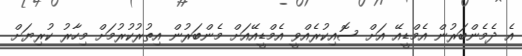
އެ ދެމެންބަރުން އެމްޑީއޭ އަށް ސޮއިކުރެއްވީ އެމްޑީއޭއަށް މެންބަރުން އިތުރުކުރުމަށް މިހާރު ކުރިޔަށް